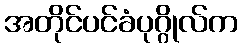
အတိုင်ပင်ခံပုဂ္ဂိုလ်က